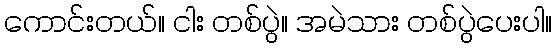
ကောင်းတယ်။ ငါး တစ်ပွဲ။ အမဲသား တစ်ပွဲပေးပါ။